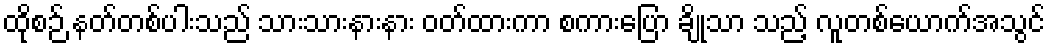
ထိုစဉ် နတ်တစ်ပါးသည် သားသားနားနား ဝတ်ထားကာ စကားပြော ချိုသာ သည့် လူတစ်ယောက်အသွင်